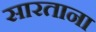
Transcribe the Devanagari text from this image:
सारताना